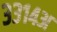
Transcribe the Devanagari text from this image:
३३१४अ